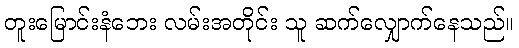
တူးမြောင်းနံဘေး လမ်းအတိုင်း သူ ဆက်လျှောက်နေသည်။